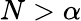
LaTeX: N>\alpha